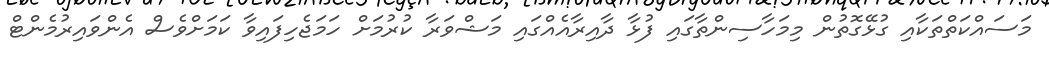
މަސައްކަތްތަކާއި ގުޅޭގޮތުން މިމަހާސިންތާގައި ފުޅާ ދާއިރާއެއްގައި މަޝްވަރާ ކުރުމަށް ހަމަޖެހިފައިވާ ކަމަށްވެސް އެންވައިރުމެންޓް